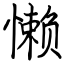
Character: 懒